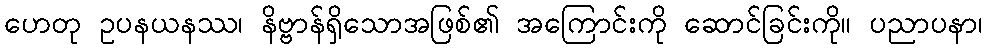
ဟေတု ဥပနယနဿ၊ နိဗ္ဗာန်ရှိသောအဖြစ်၏ အကြောင်းကို ဆောင်ခြင်းကို။ ပညာပနာ၊